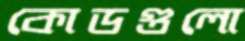
কোডগুলো